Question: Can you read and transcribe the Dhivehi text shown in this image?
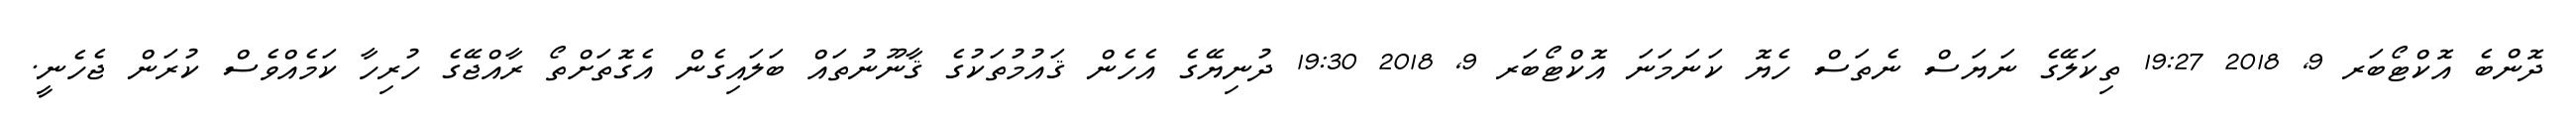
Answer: ދޮންބެ އޮކްޓޯބަރ 9, 2018 19:27 ތިކަލޭގެ ނަޔަސް ނެތަސް ހެޔޮ ކަނަމަނަ އޮކްޓޯބަރ 9, 2018 19:30 ދުނިޔޭގެ އެހެން ޤައުމުތަކުގެ ޤާނޫނުތައް ބަލައިގެން އެގޮތަށްތޯ ރާއްޖޭގެ ހުރިހާ ކަމެއްވެސް ކުރަން ޖެހެނީ.